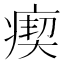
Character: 瘈